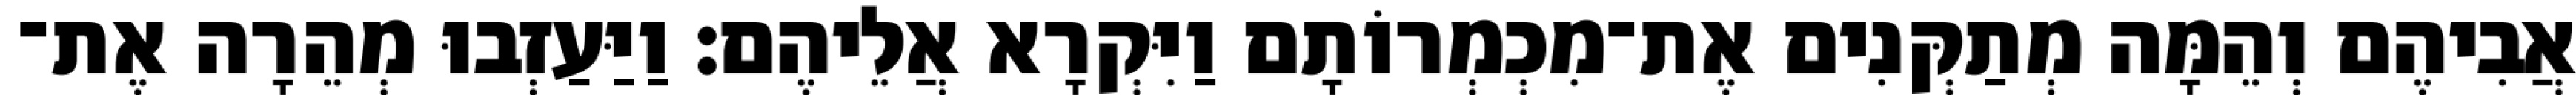
אֲבִיהֶם וְהֵמָּה מְתַקְּנִים אֶת־מִכְמְרוֹתָם וַיִּקְרָא אֲלֵיהֶם׃ וַיַּעַזְבוּ מְהֵרָה אֶת־